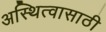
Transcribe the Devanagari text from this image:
अस्थित्वासाठी